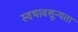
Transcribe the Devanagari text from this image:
स्वभावशून्यता